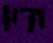
ידיו